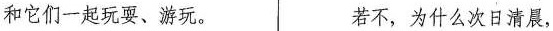
和它们一起玩耍、游玩。 若不，为什么次日清晨，